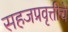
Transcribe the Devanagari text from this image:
सहजप्रवृत्तीचे